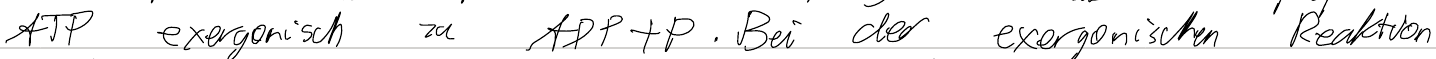
ATP exergonisch zu ADP+P. Bei der exergonischen Reaktion